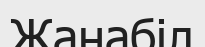
Жанабіл